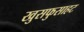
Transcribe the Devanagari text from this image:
खुसफुसाहट